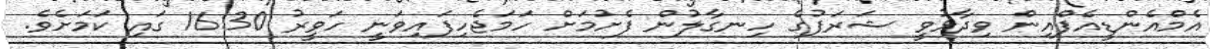
އެމްއެންޑީއެފްއިން ވިދާޅުވީ ޝަރަފުގެ ހިނގާލުން ފެށުމަށް ހަމަޖެހިފައިވަނީ ހަވީރު 16:30 ގައި ކަމަށެވެ.